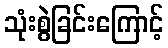
သုံးစွဲခြင်းကြောင့်